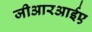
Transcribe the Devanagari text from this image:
जीआरआईए